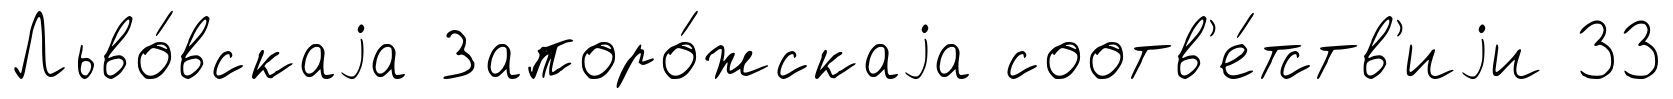
Льво́вскаjа Запоро́жскаjа соотв'е́тств'иjи 33